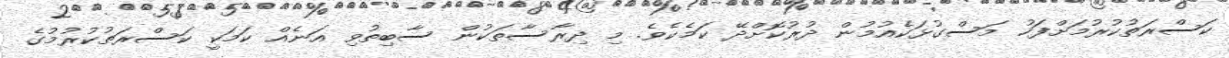
ކަސްރަތުކުރުމަށްފަހު މަސްގުޅަކެއުމުން ދުރުކޮށްދޭ ކަމެކެވެ. މި ދިރާސާތަކުން ސާބިތުވި އަނެއް ކަމަކީ ކަސްރަތުކުރުމުގެ